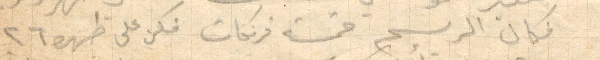
فكان الرسم خمسة فرنكات فكن على ظهره ٢٦